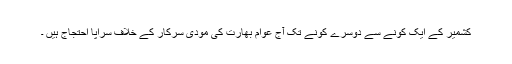
کشمیر کے ایک کونے سے دوسرے کونے تک آج عوام بھارت کی مودی سرکار کے خلاف سراپا احتجاج ہیں ۔